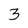
Character: 3